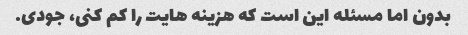
بدون اما مسئله این است که هزینه هایت را کم کنی، جودی.